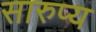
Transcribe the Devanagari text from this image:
सारुप्य